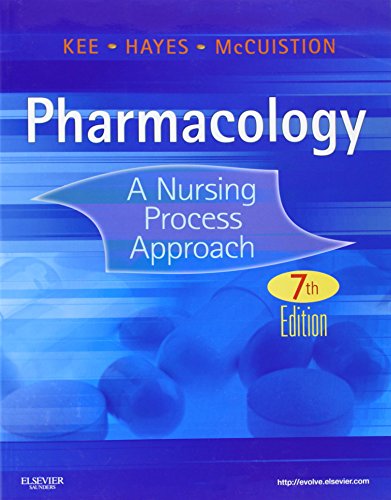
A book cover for Pharmacology: A Nursing Process Approach, 7e (Kee, Pharmacology); Linda E. McCuistion PhD  RN  ANP  CNS; Medical Books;